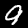
Label: 9